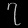
Digit: ၇